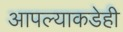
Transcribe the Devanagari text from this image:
आपल्याकडेही